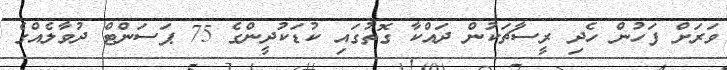
ވަރަށް ފަހުން ހެދި ރީސާޗަކުން ދައްކާ ގޮތުގައި ކުޑަކުދީންގެ 75 ޕަސަންޓް ދުވާލެއްގެ